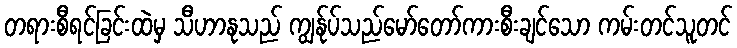
တရားစီရင်ခြင်းထဲမှ သီဟာနုသည် ကျွန်ုပ်သည်မော်တော်ကားစီးချင်သော ကမ်းတင်သူတင်